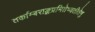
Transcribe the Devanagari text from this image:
तर्काम्बराङ्कप्रमितेष्वतीतेषु